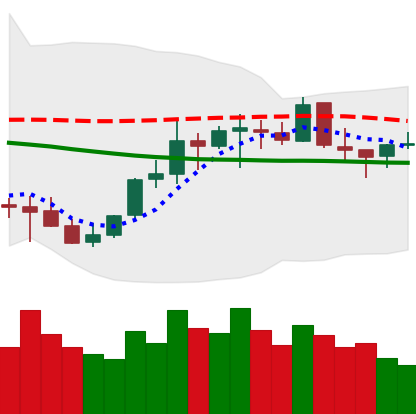
Ticker: EOS-USD
Chart end date: 2021-10-14
Forward return: -3.248%
Label: down_3_5